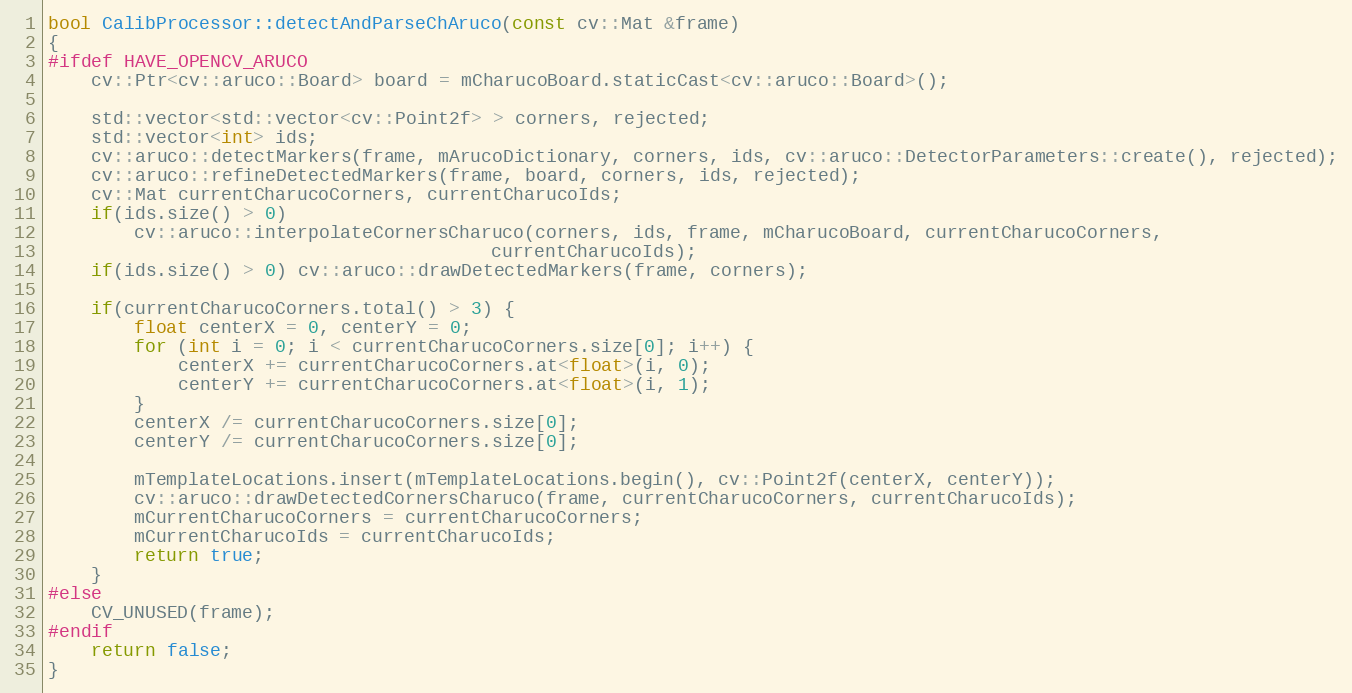
Language: C++
bool CalibProcessor::detectAndParseChAruco(const cv::Mat &frame)
{
#ifdef HAVE_OPENCV_ARUCO
    cv::Ptr<cv::aruco::Board> board = mCharucoBoard.staticCast<cv::aruco::Board>();

    std::vector<std::vector<cv::Point2f> > corners, rejected;
    std::vector<int> ids;
    cv::aruco::detectMarkers(frame, mArucoDictionary, corners, ids, cv::aruco::DetectorParameters::create(), rejected);
    cv::aruco::refineDetectedMarkers(frame, board, corners, ids, rejected);
    cv::Mat currentCharucoCorners, currentCharucoIds;
    if(ids.size() > 0)
        cv::aruco::interpolateCornersCharuco(corners, ids, frame, mCharucoBoard, currentCharucoCorners,
                                         currentCharucoIds);
    if(ids.size() > 0) cv::aruco::drawDetectedMarkers(frame, corners);

    if(currentCharucoCorners.total() > 3) {
        float centerX = 0, centerY = 0;
        for (int i = 0; i < currentCharucoCorners.size[0]; i++) {
            centerX += currentCharucoCorners.at<float>(i, 0);
            centerY += currentCharucoCorners.at<float>(i, 1);
        }
        centerX /= currentCharucoCorners.size[0];
        centerY /= currentCharucoCorners.size[0];

        mTemplateLocations.insert(mTemplateLocations.begin(), cv::Point2f(centerX, centerY));
        cv::aruco::drawDetectedCornersCharuco(frame, currentCharucoCorners, currentCharucoIds);
        mCurrentCharucoCorners = currentCharucoCorners;
        mCurrentCharucoIds = currentCharucoIds;
        return true;
    }
#else
    CV_UNUSED(frame);
#endif
    return false;
}